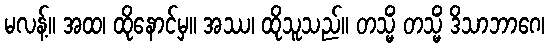
မလန့်။ အထ၊ ထိုနောင်မှ။ အဿ၊ ထိုသူသည်။ တသ္မိံ တသ္မိံ ဒိသာဘာဂေ၊